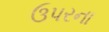
ઉપરના